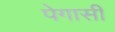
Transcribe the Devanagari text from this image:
पेगासी